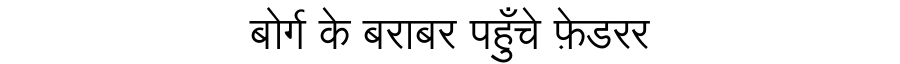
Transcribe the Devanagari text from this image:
बोर्ग के बराबर पहुँचे फ़ेडरर